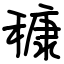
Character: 穅